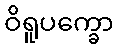
ဝိရူပက္ခော